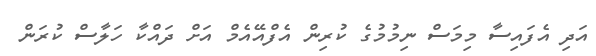
އަދި އެފައިސާ މިމަސް ނިމުމުގެ ކުރިން އެފްއޭއެމް އަށް ދައްކާ ހަލާސް ކުރަން